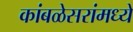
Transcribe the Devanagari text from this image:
कांबळेसरांमध्ये